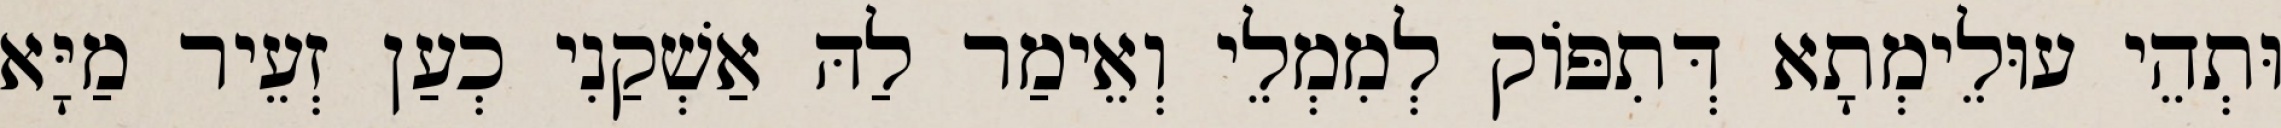
וּתְהֵי עוּלֵימְתָא דְּתִפּוֹק לְמִמְלֵי וְאֵימַר לַהּ אַשְׁקַנִי כְעַן זְעֵיר מַיָּא